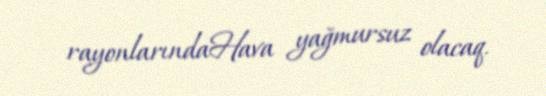
rayonlarındaHava yağmursuz olacaq.